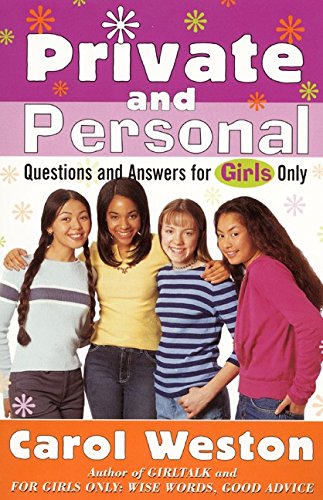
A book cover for Private and Personal; Carol Weston; Teen & Young Adult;